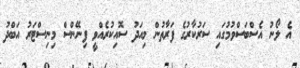
އެ ލޯނު އެސްބަސްވުމުގައި ސަރުކާރުގެ ފަރާތުން މިއަދު ސޮއިކުރެއްވީ ފިނޭންސް މިނިސްޓަރު އަބްދު